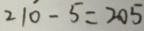
2 1 0 - 5 = 2 0 5